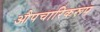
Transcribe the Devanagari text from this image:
औपचारिकरूप